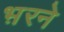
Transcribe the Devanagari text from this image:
भ़रने